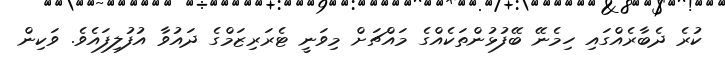
ކުރެ ދެބާރެއްގައި ހިމެނޭ ބޭފުޅުންތަކެއްގެ މައްޗަށް މިވަނީ ޓެރަރިޒަމްގެ ދައުވާ އުފުލިފައެވެ. ވަކިން